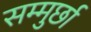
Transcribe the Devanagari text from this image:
सम्मुर्छा